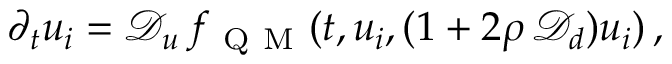
\begin{array} { r } { \partial _ { t } u _ { i } = \mathcal { D } _ { u } \, f _ { \mathrm { ~ Q ~ M ~ } } ( t , u _ { i } , ( 1 + 2 \rho \, \mathcal { D } _ { d } ) u _ { i } ) \, , } \end{array}